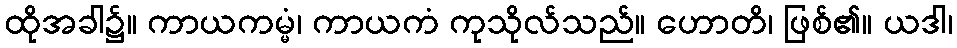
ထိုအခါ၌။ ကာယကမ္မံ၊ ကာယကံ ကုသိုလ်သည်။ ဟောတိ၊ ဖြစ်၏။ ယဒါ၊